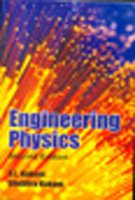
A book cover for Engineering Physics; S. L. Kakani; Science & Math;